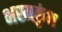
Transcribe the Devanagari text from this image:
भस्मकुंभ